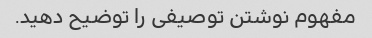
مفهوم نوشتن توصیفی را توضیح دهید.